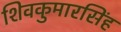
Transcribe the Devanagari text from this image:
शिवकुमारसिंह